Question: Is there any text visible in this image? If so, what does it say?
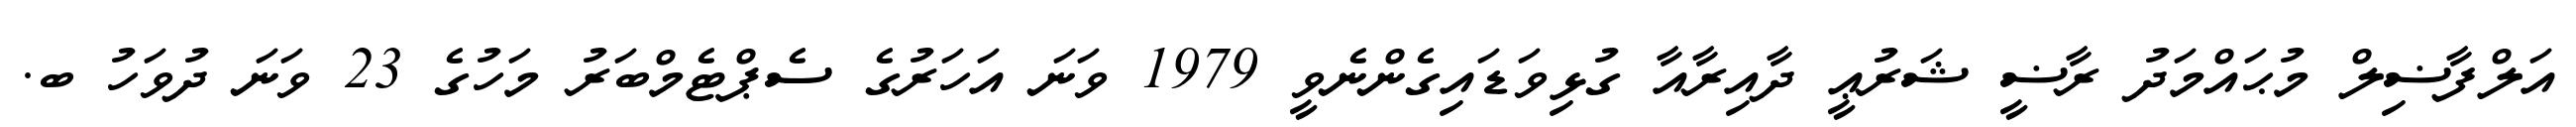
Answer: އަލްފާޟިލް މުޙައްމަދު ރާޟީ ޝަރުޢީ ދާއިރާއާ ގުޅިވަޑައިގެންނެވީ 1979 ވަނަ އަހަރުގެ ސެޕްޓެމްބަރު މަހުގެ 23 ވަނަ ދުވަހު ބ.